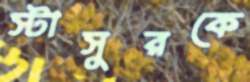
স্টাসুরকে